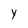
Character: Y